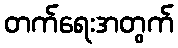
တက်ရေးအတွက်